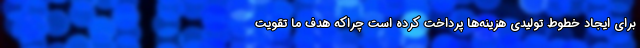
برای ایجاد خطوط تولیدی هزینه‌ها پرداخت کرده است چراکه هدف ما تقویت